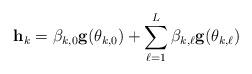
LaTeX: \begin{align*} \mathbf{h}_k=\beta_{k,0}\mathbf{g}(\theta_{k,0})+\sum_{\ell=1}^L\beta_{k,\ell}\mathbf{g}(\theta_{k,\ell})\end{align*}